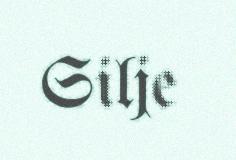
Silje